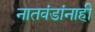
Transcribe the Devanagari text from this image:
नातवंडांनाही